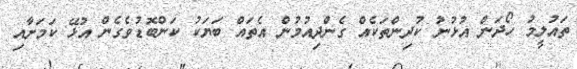
ތައުލީމު ހޯދަން އުޅުނު ކުދިންތަކެއް ގެންދިއުމުން އެތައް ބަޔަކު ކަންބޮޑުވެގެން އުޅޭ ކަމަށާއި